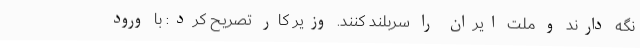
نگه دارند و ملت ایران را سربلند کنند. وزیر کار تصریح کرد: با ورود